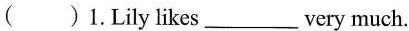
( )1.Lily likes___very much.